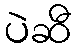
ပဲဆီ